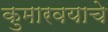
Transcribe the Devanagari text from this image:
कुमारवयाचे